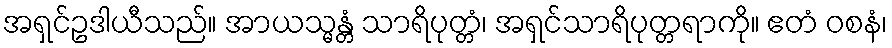
အရှင်ဥဒါယီသည်။ အာယသ္မန္တံ သာရိပုတ္တံ၊ အရှင်သာရိပုတ္တရာကို။ ဧတံ ဝစနံ၊